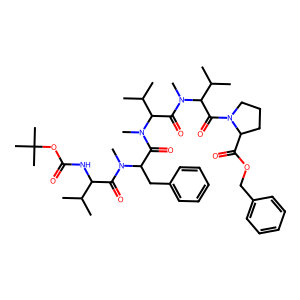
SMILES: CC(C)C(NC(=O)OC(C)(C)C)C(=O)N(C)C(Cc1ccccc1)C(=O)N(C)C(C(=O)N(C)C(C(=O)N1CCCC1C(=O)OCc1ccccc1)C(C)C)C(C)C
Inhibits HIV replication: No